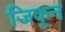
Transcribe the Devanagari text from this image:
जिकून